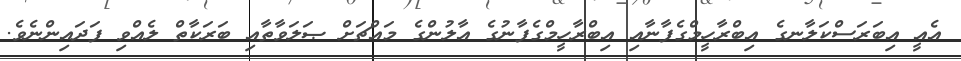
އެއީ އިބަރަސްކަލާނގެ އިބްރާހީމްގެފާނާއި އިބްރާހީމްގެފާނުގެ އާލުންގެ މައްޗަށް ޞަލަވާތާއި ބަރަކާތް ލެއްވި ފަދައިންނެވެ.